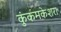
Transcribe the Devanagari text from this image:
कुंकमकेशरा